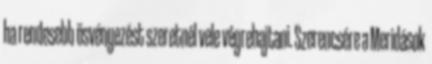
ha rendesebb ösvényezést szeretnél vele végrehajtani. Szerencsére a Meridások